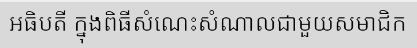
អធិបតី ក្នុងពិធីសំណេះសំណាលជាមួយសមាជិក